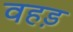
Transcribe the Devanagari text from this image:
वहड़